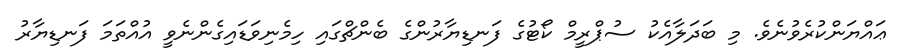
ޢައްޔަންކުރެވުނެވެ. މި ބަދަލާއެކު ސުޕްރީމް ކޯޓުގެ ފަނޑިޔާރުންގެ ބެންޗްގައި ހިމެނިވަޑައިގެންނެވީ އުއްތަމަ ފަނޑިޔާރު